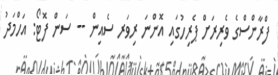
ފްރާންސްގެ ވެރިރަށް ޕެރިހުގައި އޮންނަ ރިވަރ ސެއިން -- ސަން ފޮޓޯ: އަހްމަދު